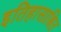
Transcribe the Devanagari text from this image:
इतिहासाश्रित